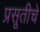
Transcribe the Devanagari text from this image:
प्रसूतीचे